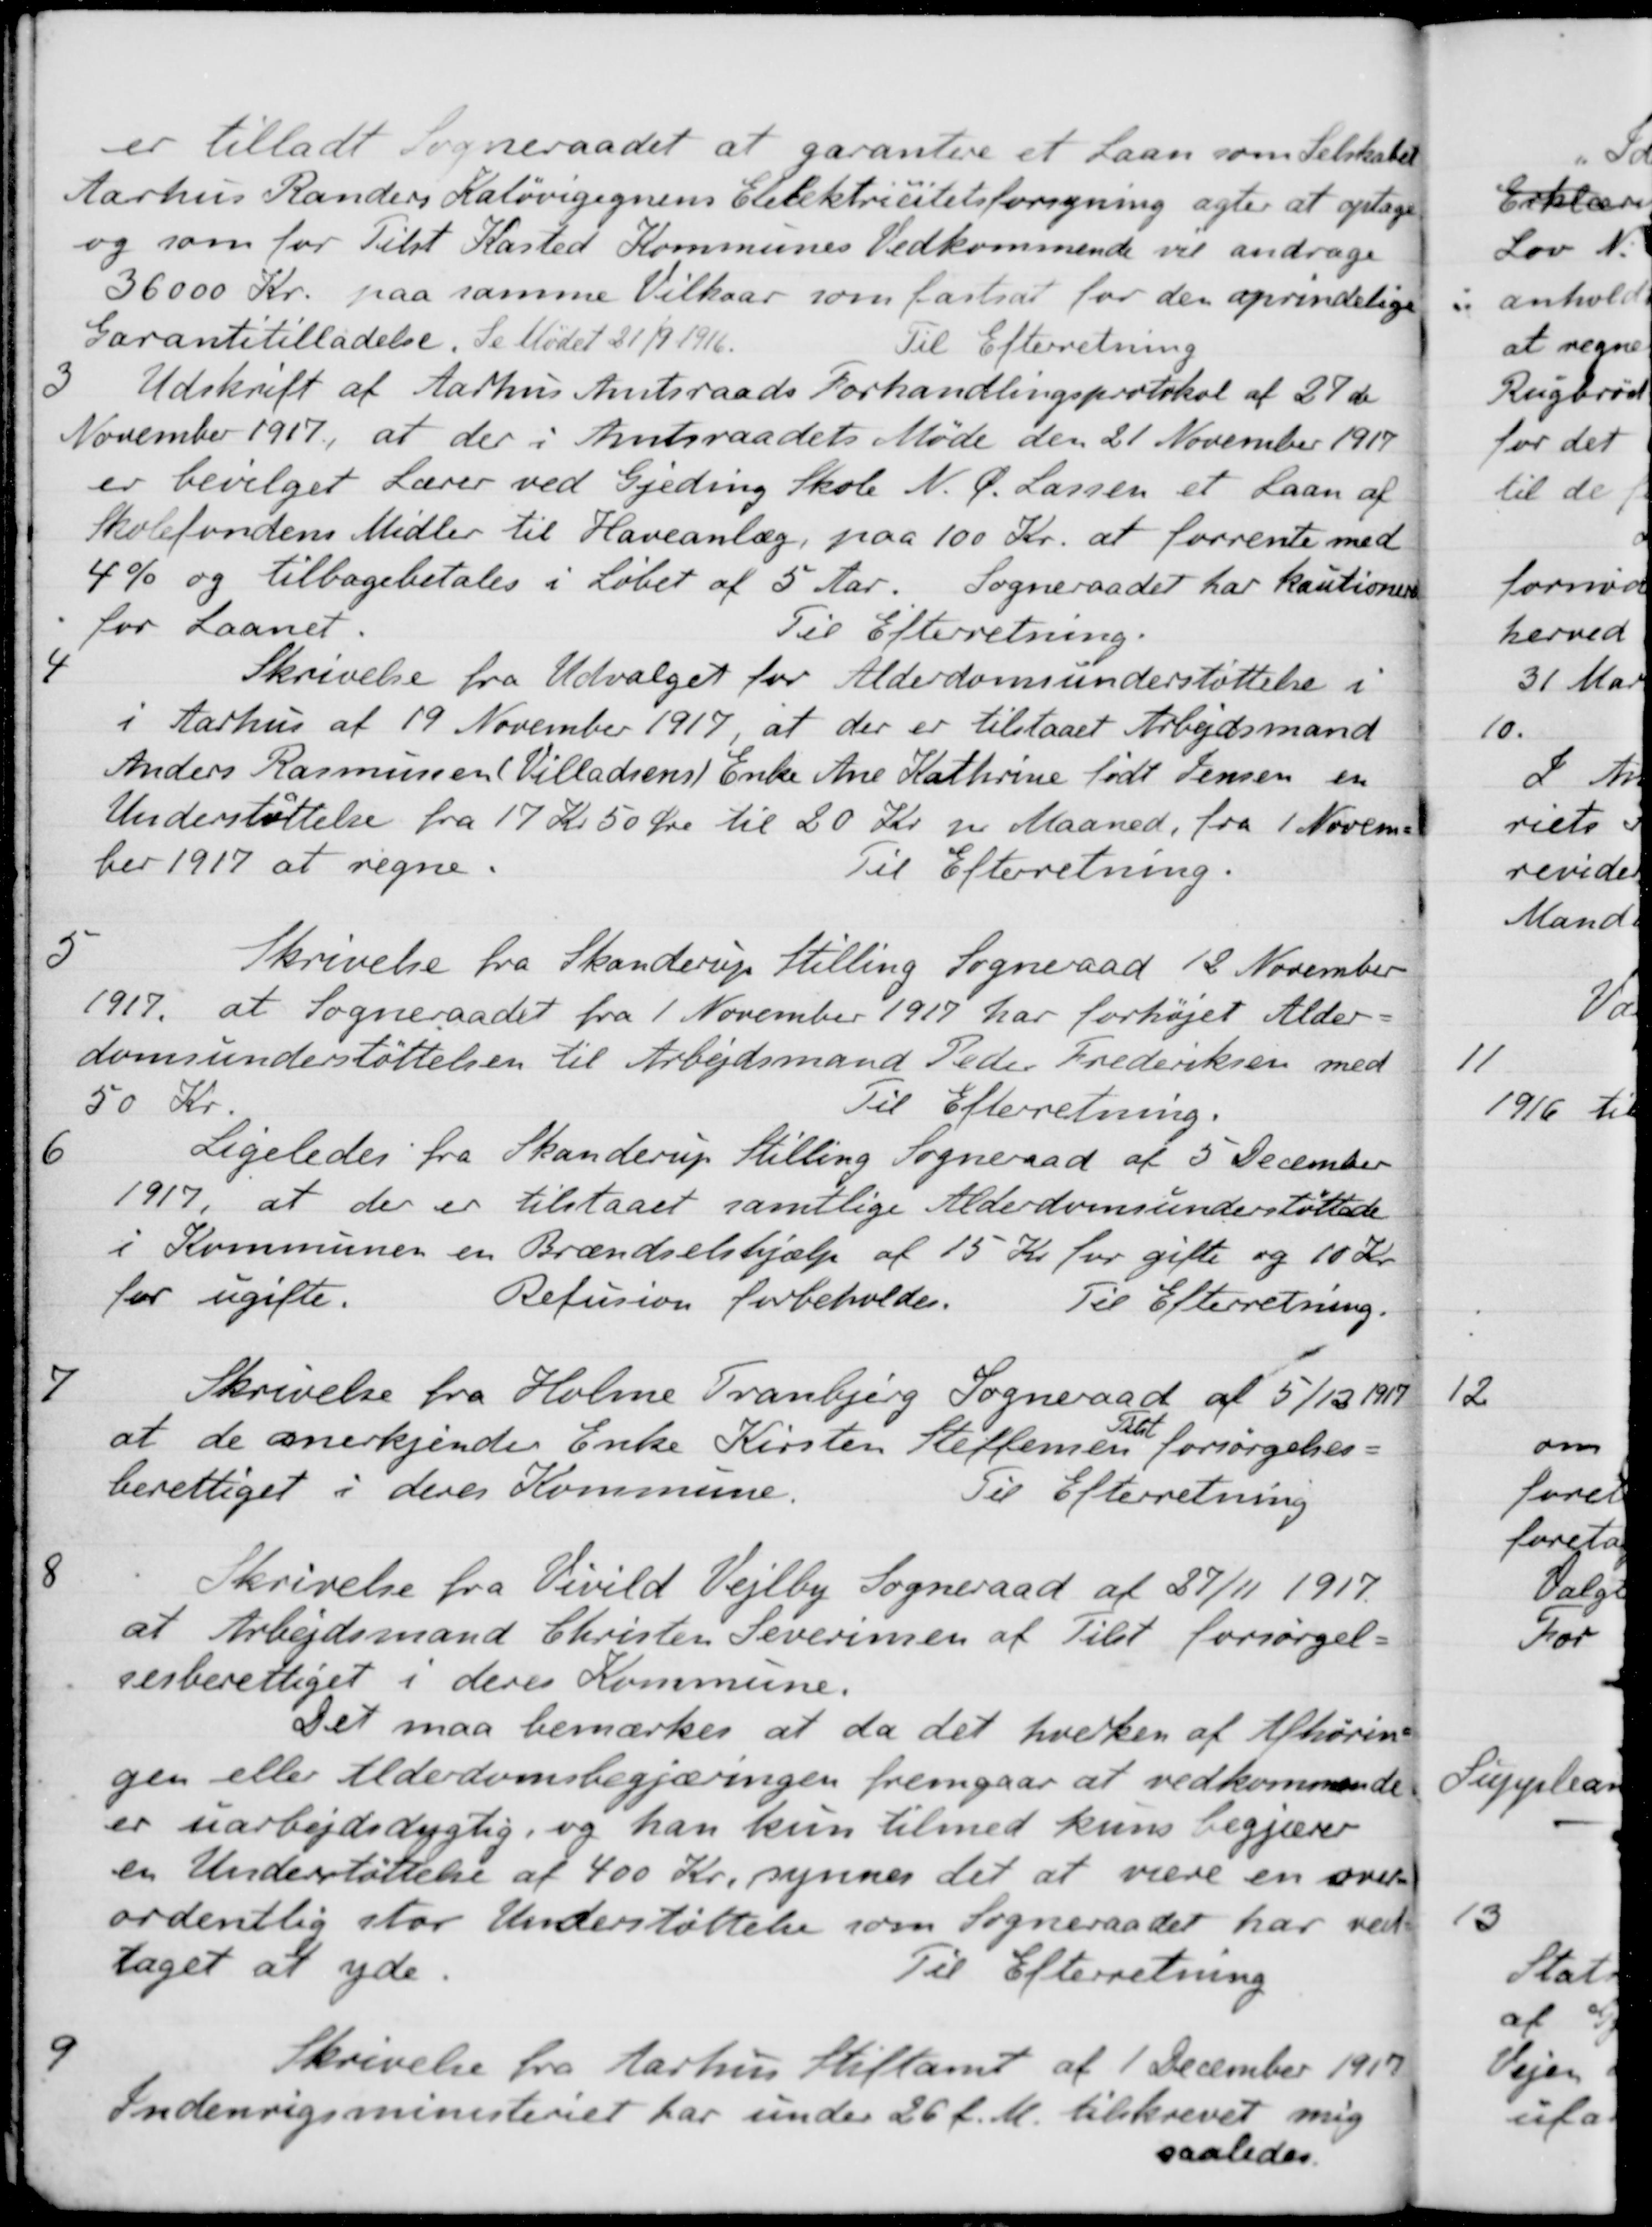
Transskription:
er tilladt Sogneraadet at garantere et Laan som Selskabet
Aarhus Randers Kaløvigegnens Elelektricitetsforsyning agter at optage
og som for Tilst Kasted Kommunes Vedkommende vil andrage
36000 Kr. paa samme Vilkaar som fastsat for den oprindelige
Garantstilladelse. Se Mødet 21/9 1916.
Til Efterretning
3
Udskrift af Aarhus Amtsraads Forhandlingsprotokol af 27de
November 1917, at der i Amtsraadets Møde den 21 November 1917
er bevilget Lærer ved Gjeding Skole N. Ø. Larsen et Laan af
Skolefondens Midler til Haveanlæg, paa 100 Kr. at forrente med
4% og tilbagebetales i Løbet af 5 Aar. Sogneraadet har kautioneret
for Laanet
Til Efterretning.
4
Skrivelse fra Udvalget for Alderdomsunderstøttelse i
i Aarhus af 19 November 1917, at der er tilstaaet Arbejdsmand
Anders Rasmussen( Villadsens )Enke Ane Kathrine født Jensen en
Understøttelse fra 17 Kr. 50 Øre til 20 Kr. pr. Maaned, fra 1 Novem-
ber 1917 at regne.
Til Efterretning.
5
Skrivelse fra Skanderup Stilling Sogneraad 13 November
1917, at Sogneraadet fra 1 November 1917 har forhøjet Alder-
domsunderstøttelsen til Arbejdsmand Peder Frederiksen med
50 Kr.
Til Efterretning.
6
Ligeledes fra Skanderup Stilling Sogneraad af 5 December
1917, at der er tilstaaet samtlige Alderdomsunderstøttede
i Kommunen en Brændselshjælp af 15 Kr for gifte og 10 Kr.
for ugifte.
Refusion forbeholdes.
Til Efterretning.
7
Skrivelse fra Holme Tranbjerg Sogneraad af 5/12 1917
at de anerkjender Enke Kirsten Steffensen
Tilst
forsørgelses-
berettiget i deres Kommune.
Til Efterretning
8
Skrivelse fra Vivild Vejlby Sogneraad af 27/11 1917.
at Arbejdsmand Christen Severinsen af Tilst forsørgel-
sesberettiget i deres Kommune.
Det maa bemærkes at da det hverken af Afhørin-
gen eller Alderdomsbegjæringen fremgaar at vedkommende
er uarbejdsdygtig, og han kun tilmed kuns begjærer
en Understøttelse af 400 Kr, synnes det at være en over-
ordentlig stor Understøttelse som Sogneraadet har ved-
taget at yde.
Til Efterretning
9
Skrivelse fra Aarhus Stiftamt af 1 December 1917
Indenrigsministeriet har under 26 f. M. tilskrevet mig
saaledes.